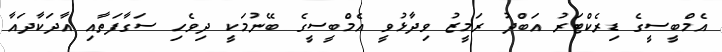
އެމްބީސީގެ ޑިރެކްޓަރު އަބްދު ރަމީޒު ވިދާޅުވީ އެމްބީސީގެ ބޭނުމަކީ ދިވެހި ސަގާފަތާއި އާދަކާދައާ